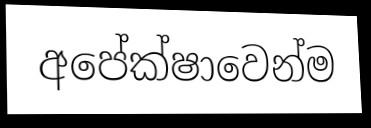
අපේක්ෂාවෙන්ම